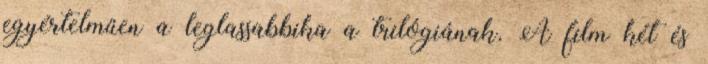
egyértelműen a leglassabbika a trilógiának. A film két és